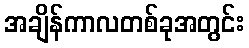
အချိန်ကာလတစ်ခုအတွင်း